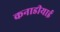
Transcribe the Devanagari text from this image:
कनाडीयाई